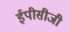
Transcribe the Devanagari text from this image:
ईपीसीजी